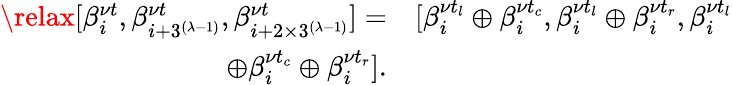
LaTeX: \begin{array}{rl}{\relax[\beta_{i}^{\nu t},\beta_{i+3^{(\lambda\mathrm{-}1)}}^{\nu t},\beta_{i+2\times 3^{(\lambda\mathrm{-}1)}}^{\nu t}]=}&{[\beta_{i}^{\nu t_{l}}\oplus\beta_{i}^{\nu t_{c}},\beta_{i}^{\nu t_{l}}\oplus\beta_{i}^{\nu t_{r}},\beta_{i}^{\nu t_{l}}}\\ {\oplus\beta_{i}^{\nu t_{c}}\oplus\beta_{i}^{\nu t_{r}}].}\end{array}